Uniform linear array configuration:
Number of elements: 8
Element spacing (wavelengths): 0.75
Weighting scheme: hann
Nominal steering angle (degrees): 15
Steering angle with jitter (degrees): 15.782
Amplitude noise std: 0.05
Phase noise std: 0.05

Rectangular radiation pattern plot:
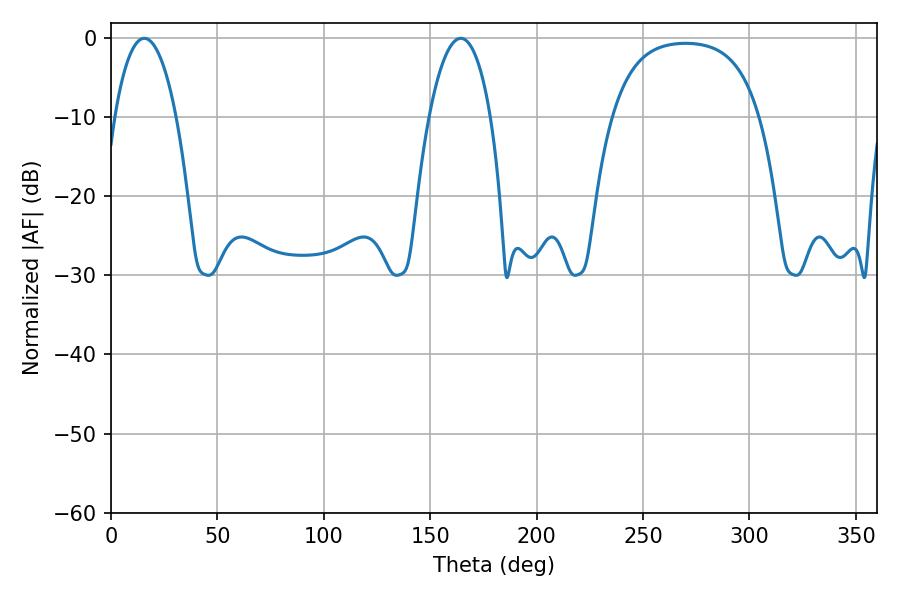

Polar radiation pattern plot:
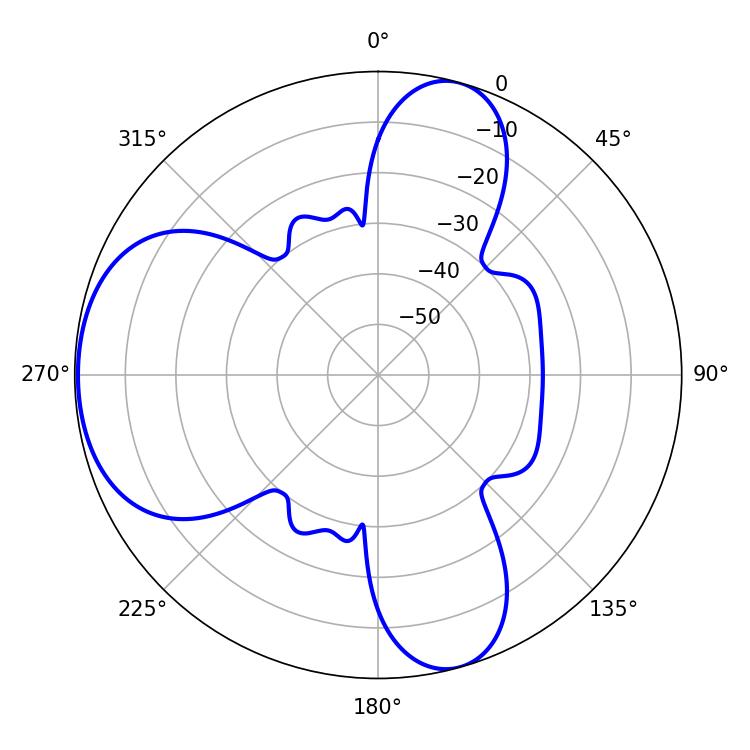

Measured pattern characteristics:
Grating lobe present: TRUE
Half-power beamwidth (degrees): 16.2
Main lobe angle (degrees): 15.66